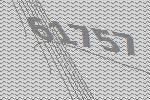
61757